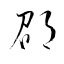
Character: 邵